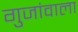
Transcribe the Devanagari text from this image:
गुजांवाला